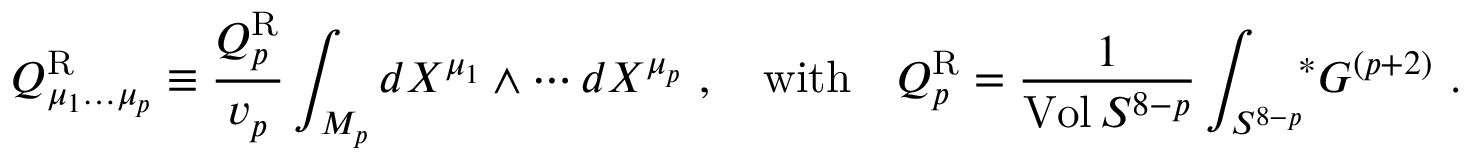
Q _ { \mu _ { 1 } \dots \mu _ { p } } ^ { \mathrm { R } } \equiv { \frac { Q _ { p } ^ { \mathrm { R } } } { v _ { p } } } \int _ { { \cal M } _ { p } } d X ^ { \mu _ { 1 } } \wedge \cdots d X ^ { \mu _ { p } } \ , \quad \mathrm { w i t h } \quad Q _ { p } ^ { \mathrm { R } } = { \frac { 1 } { \mathrm { V o l } \, S ^ { 8 - p } } } \int _ { S ^ { 8 - p } } \! \! { } ^ { * } G ^ { ( p + 2 ) } \ .